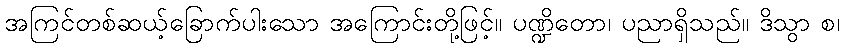
အကြင်တစ်ဆယ့်ခြောက်ပါးသော အကြောင်းတို့ဖြင့်။ ပဏ္ဍိတော၊ ပညာရှိသည်။ ဒိသွာ စ၊